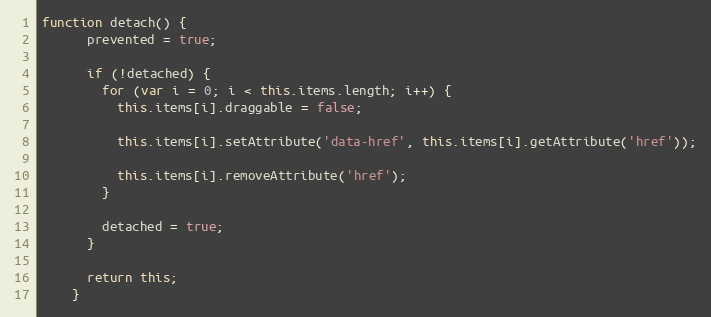
Language: JavaScript
function detach() {
      prevented = true;

      if (!detached) {
        for (var i = 0; i < this.items.length; i++) {
          this.items[i].draggable = false;

          this.items[i].setAttribute('data-href', this.items[i].getAttribute('href'));

          this.items[i].removeAttribute('href');
        }

        detached = true;
      }

      return this;
    }